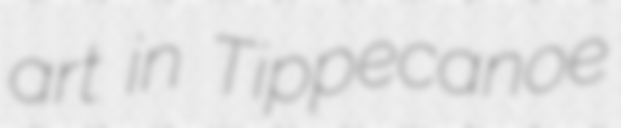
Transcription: art in Tippecanoe